65_HS1-834228961_62-HQ-83894_Section_3
Agency: FBI
Page 39
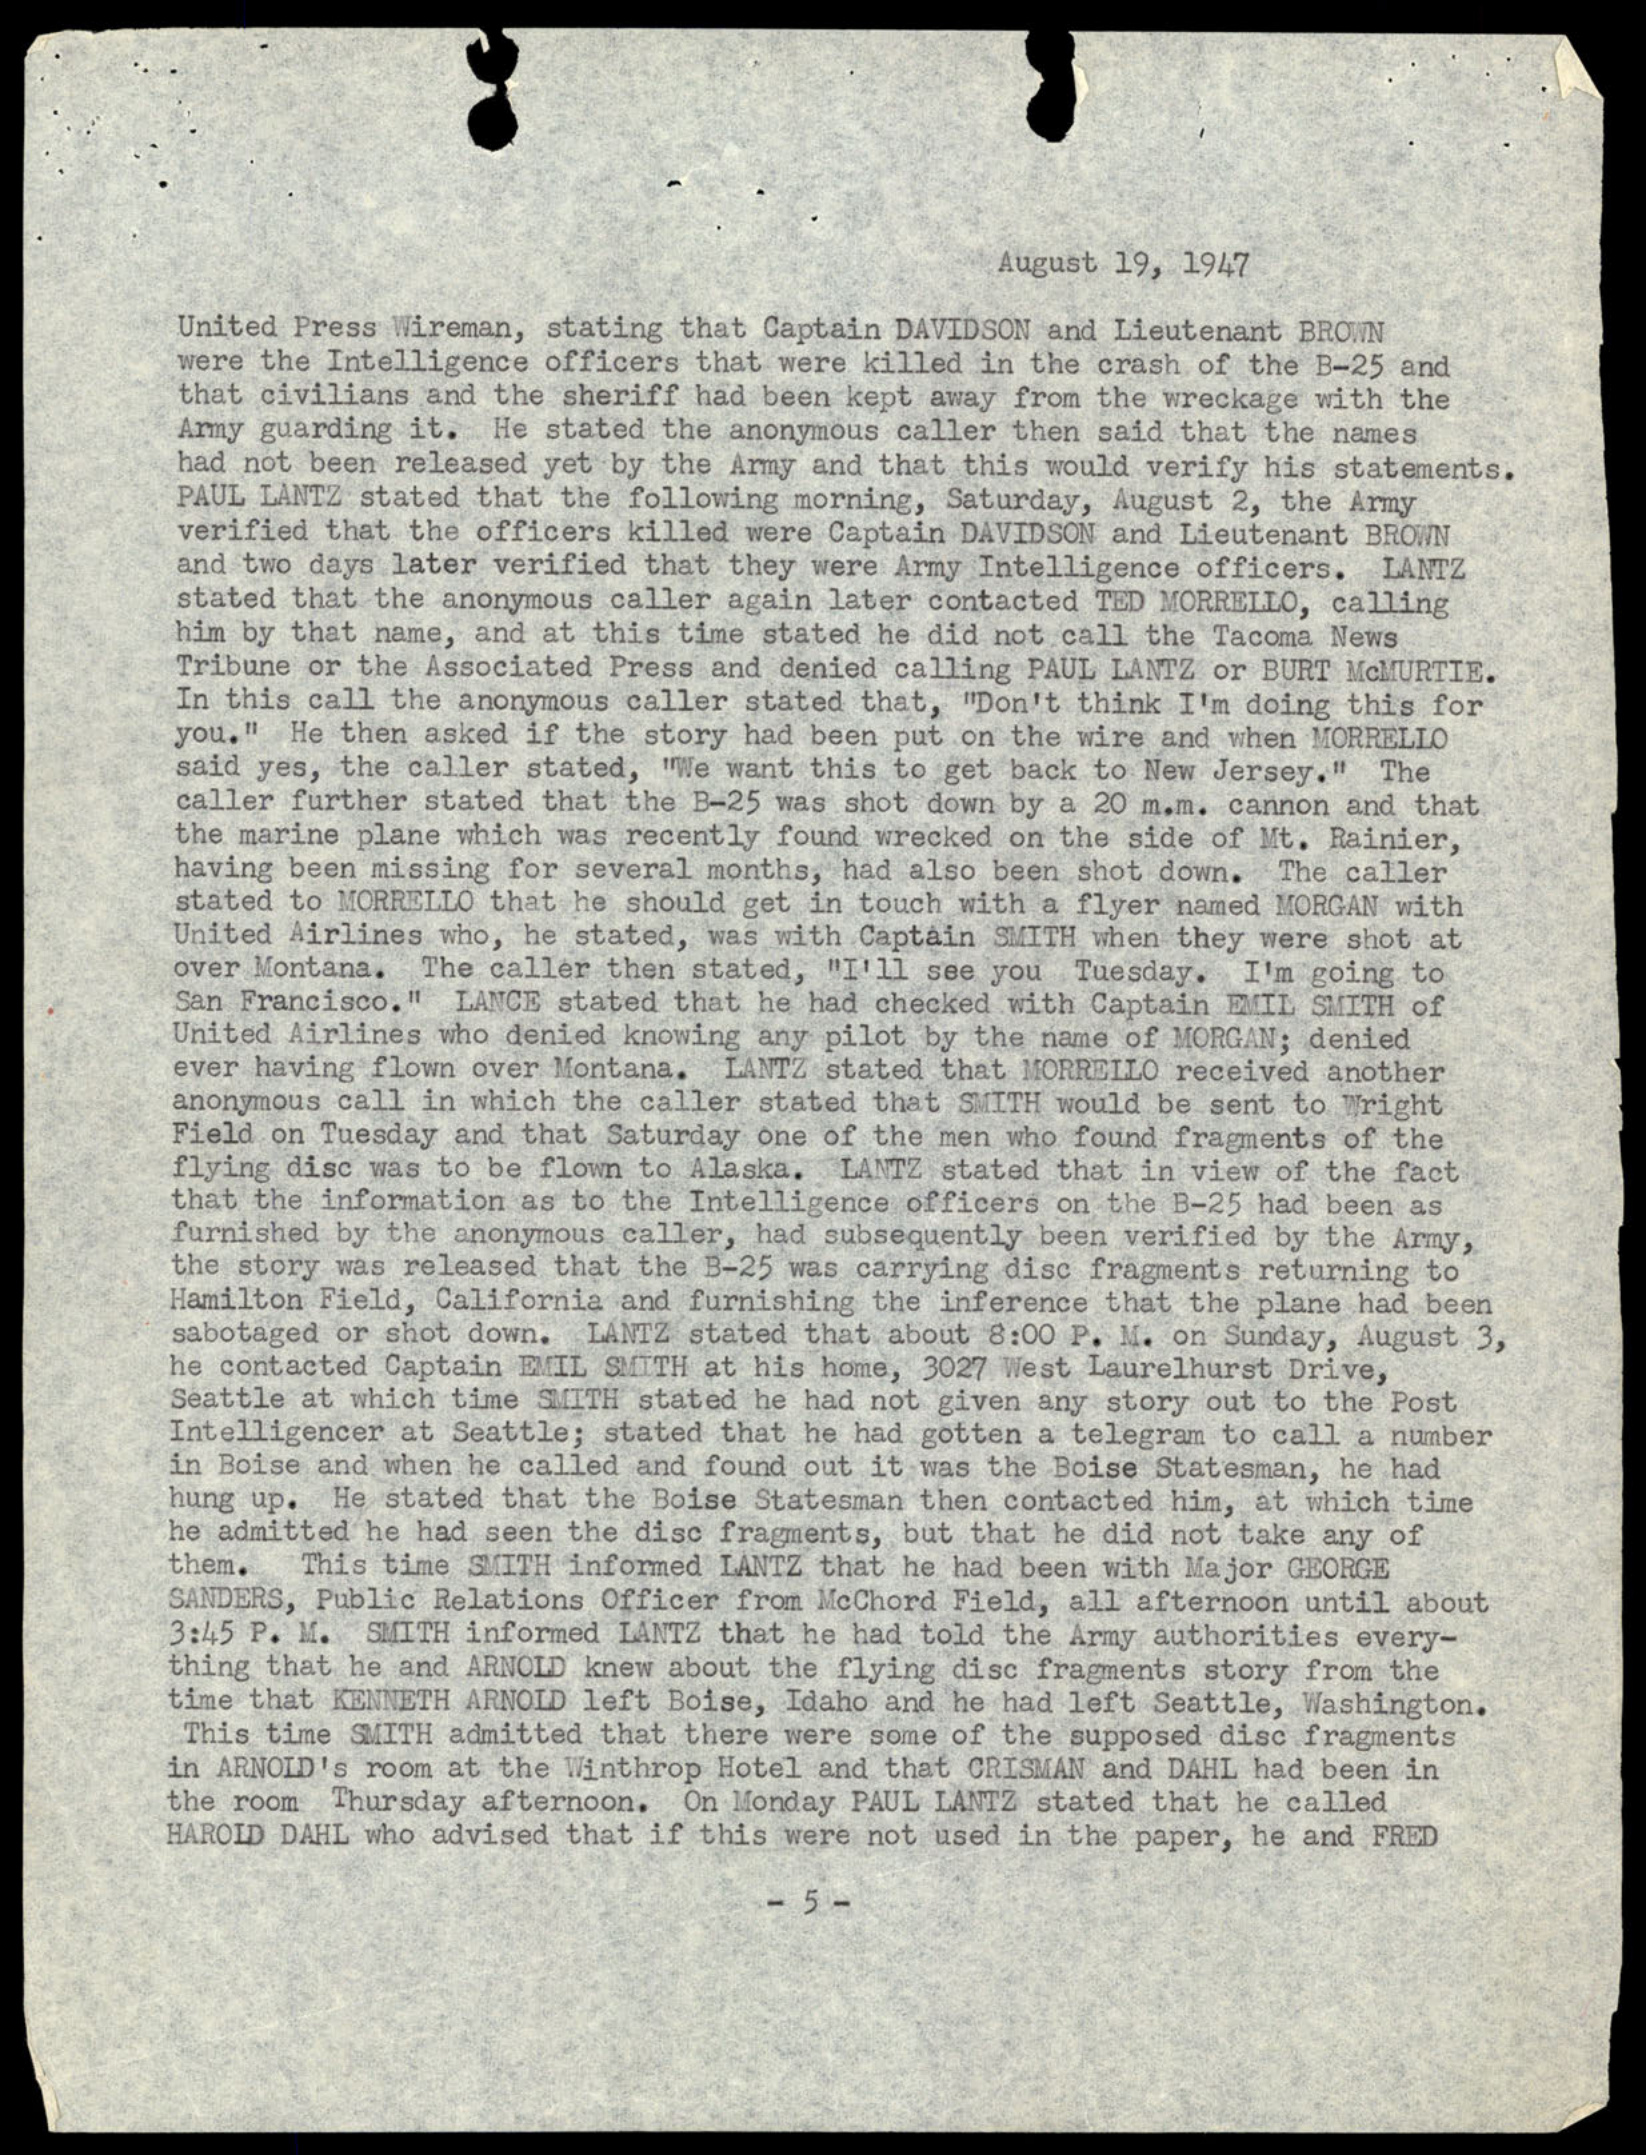